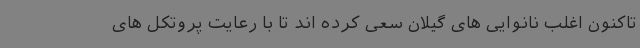
تاکنون اغلب نانوایی های گیلان سعی کرده اند تا با رعایت پروتکل های